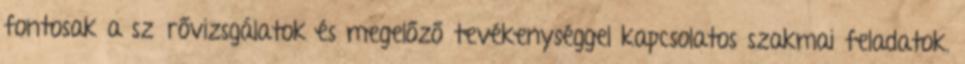
fontosak a szűrővizsgálatok és megelőző tevékenységgel kapcsolatos szakmai feladatok.